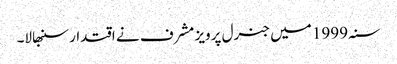
سنہ 1999 میں جنرل پرویز مشرف نے اقتدار سنبھالا۔